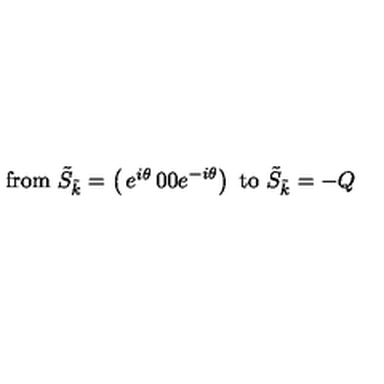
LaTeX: \mathrm { f r o m \ } \tilde { S } _ { \tilde { k } } = \left( \begin{matrix} { e ^ { i \theta } } & { 0 } \\ { 0 } & { e ^ { - i \theta } } \\ \end{matrix} \right) \mathrm { \ t o \ } \tilde { S } _ { \tilde { k } } = - Q